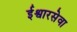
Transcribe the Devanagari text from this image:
ईश्वारसेवा